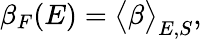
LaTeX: \beta_{F}(E)=\big<\beta\big>_{E,S},